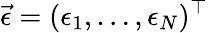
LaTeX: \vec{\epsilon}=(\epsilon_{1},\ldots,\epsilon_{N})^{\top}